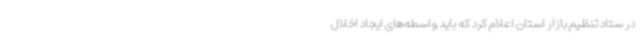
در ستاد تنظیم بازار استان اعلام کرد که باید واسطه‌های ایجاد اخلال